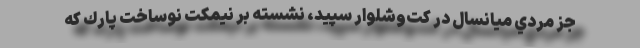
جز مردي ميانسال در كت‌و‌شلوار سپيد، نشسته بر نيمكت نوساخت پارك كه